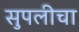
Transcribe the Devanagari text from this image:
सुपलीचा